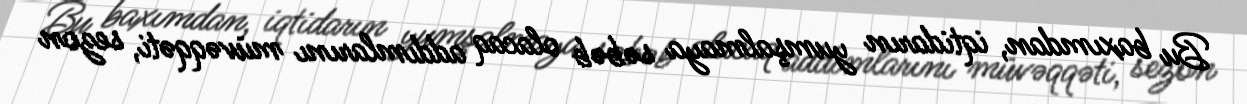
Bu baxımdan, iqtidarın yumşalmaya səbəb olacaq addımlarını müvəqqəti, sezon